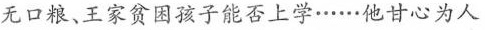
无口粮、王家贫困孩子能否上学……他甘心为人